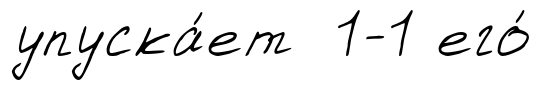
упуска́ет 1-1 его́